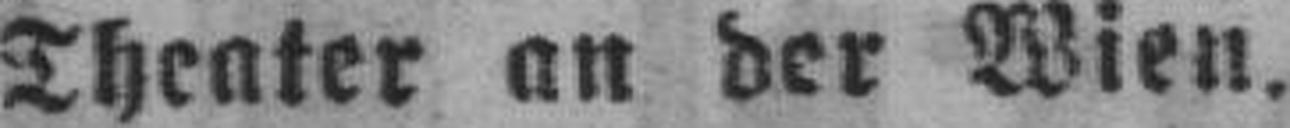
Theater an der Wien.